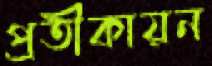
প্রতীকায়ন